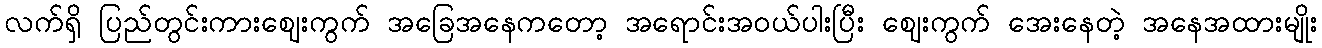
လက်ရှိ ပြည်တွင်းကားဈေးကွက် အခြေအနေကတော့ အရောင်းအဝယ်ပါးပြီး ဈေးကွက် အေးနေတဲ့ အနေအထားမျိုး